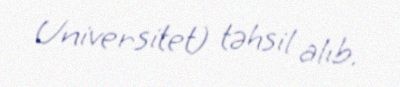
Universitet) təhsil alıb.